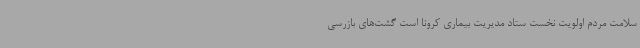
سلامت مردم اولویت نخست ستاد مدیریت بیماری کرونا است گشت‌های بازرسی